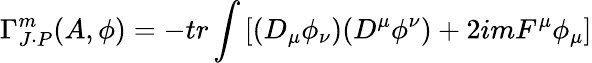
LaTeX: \Gamma_{J\cdot P}^{m}(A,\phi)=-tr\int\left[(D_{\mu}\phi_{\nu})(D^{\mu}\phi^{\nu})+2imF^{\mu}\phi_{\mu}\right]